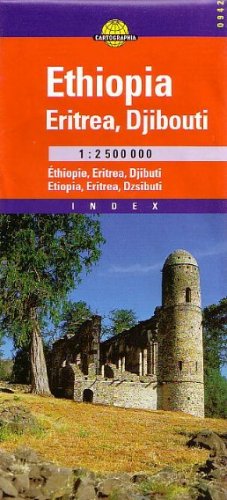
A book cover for Ethiopia, Eritrea, Djibouti Map; Cartographia; Travel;